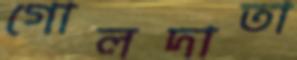
গোলদাতা